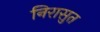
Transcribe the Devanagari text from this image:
निरासुत